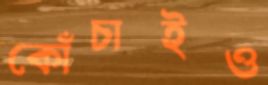
কোঁচাইও